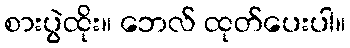
စားပွဲထိုး။ ဘေလ် ထုတ်ပေးပါ။